Problem: 20 + 10 = ?
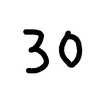
Handwritten answer: 30